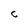
Character: C